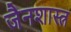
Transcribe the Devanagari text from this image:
जैनशास्त्र